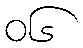
၀၆